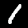
Digit: 1